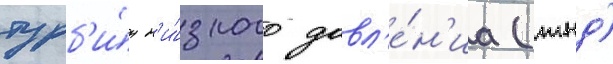
турб'и́н н'и́зкого давл'е́н'иа (тнд)